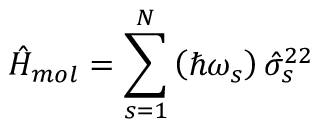
\hat { H } _ { m o l } = \sum _ { s = 1 } ^ { N } \left( \hbar \omega _ { s } \right) \hat { \sigma } _ { s } ^ { 2 2 }